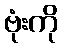
ဗုံးကို